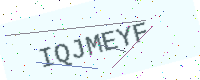
Text: IQJMEYF